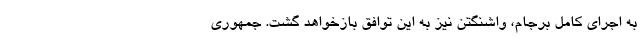
به اجرای کامل برجام، واشنگتن نیز به این توافق بازخواهد گشت. جمهوری